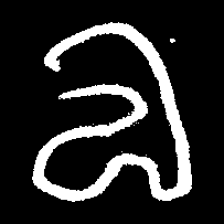
Pyu character \u2014 Myanmar letter: လ (romanized: la)